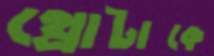
থ্রোটাকে